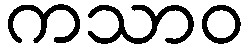
ကသာဝ